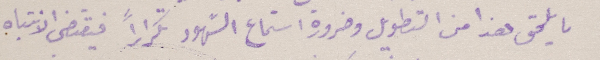
ما يلحق هذا من التطويل وضرورة استماع الشهور تكراراً فيقتضى الانتباه